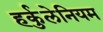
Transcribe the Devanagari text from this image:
हर्कुलेनियम